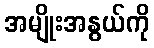
အမျိုးအနွယ်ကို